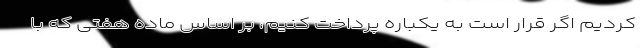
کردیم اگر قرار است به یکباره پرداخت کنیم، بر اساس ماده هفتی که با